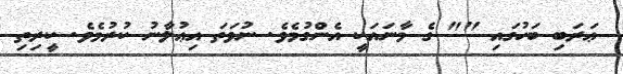
ޢަރަބި ބަހުގައި "" ގެ މާނައަކީ އެންގުމެވެ. ނުވަތަ އިޢުލާނު ކުރުމެވެ. ކީރިތި